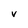
Character: V